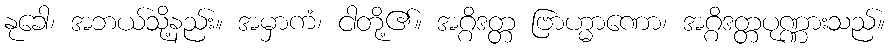
နုခေါ၊ အဘယ်သို့နည်း။ အမှာကံ၊ ငါတို့၏။ အဂ္ဂိဒတ္တ ဗြာဟ္မာဏော၊ အဂ္ဂိဒတ္တပုဏ္ဏားသည်။